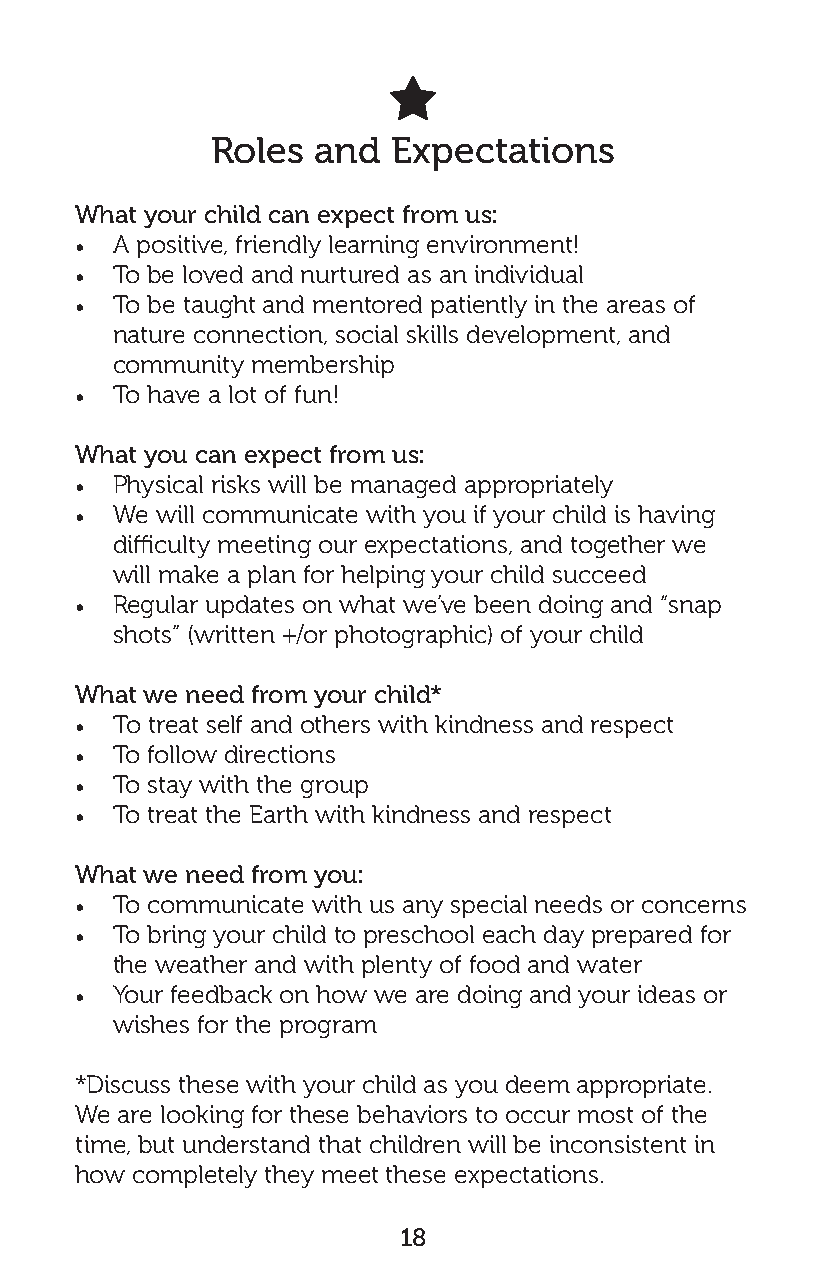

 Roles  and  Expectations
 What your child can expect from us:
 • A positive, friendly learning environment!
 • To be loved and nurtured as an individual
 • To be taught and mentored patiently in the areas of
 nature connection, social skills development, and
 community membership
 • To have a lot of fun!
 What you can expect from us:
 • Physical risks will be managed appropriately
 • We will communicate with you if your child is having
 difficulty meeting our expectations, and together we
 will make a plan for helping your child succeed
 • Regular updates on what we’ve been doing and “snap
 shots” (written +/or photographic) of your child
 What we need from your child*
 • To treat self and others with kindness and respect
 • To follow directions
 • To stay with the group
 • To treat the Earth with kindness and respect
 What we need from you:
 • To communicate with us any special needs or concerns
 • To bring your child to preschool each day prepared for
 the weather and with plenty of food and water
 • Your feedback on how we are doing and your ideas or
 wishes for the program
 *Discuss these with your child as you deem appropriate.
 We are looking for these behaviors to occur most of the
 time, but understand that children will be inconsistent in
 how completely they meet these expectations.
 18